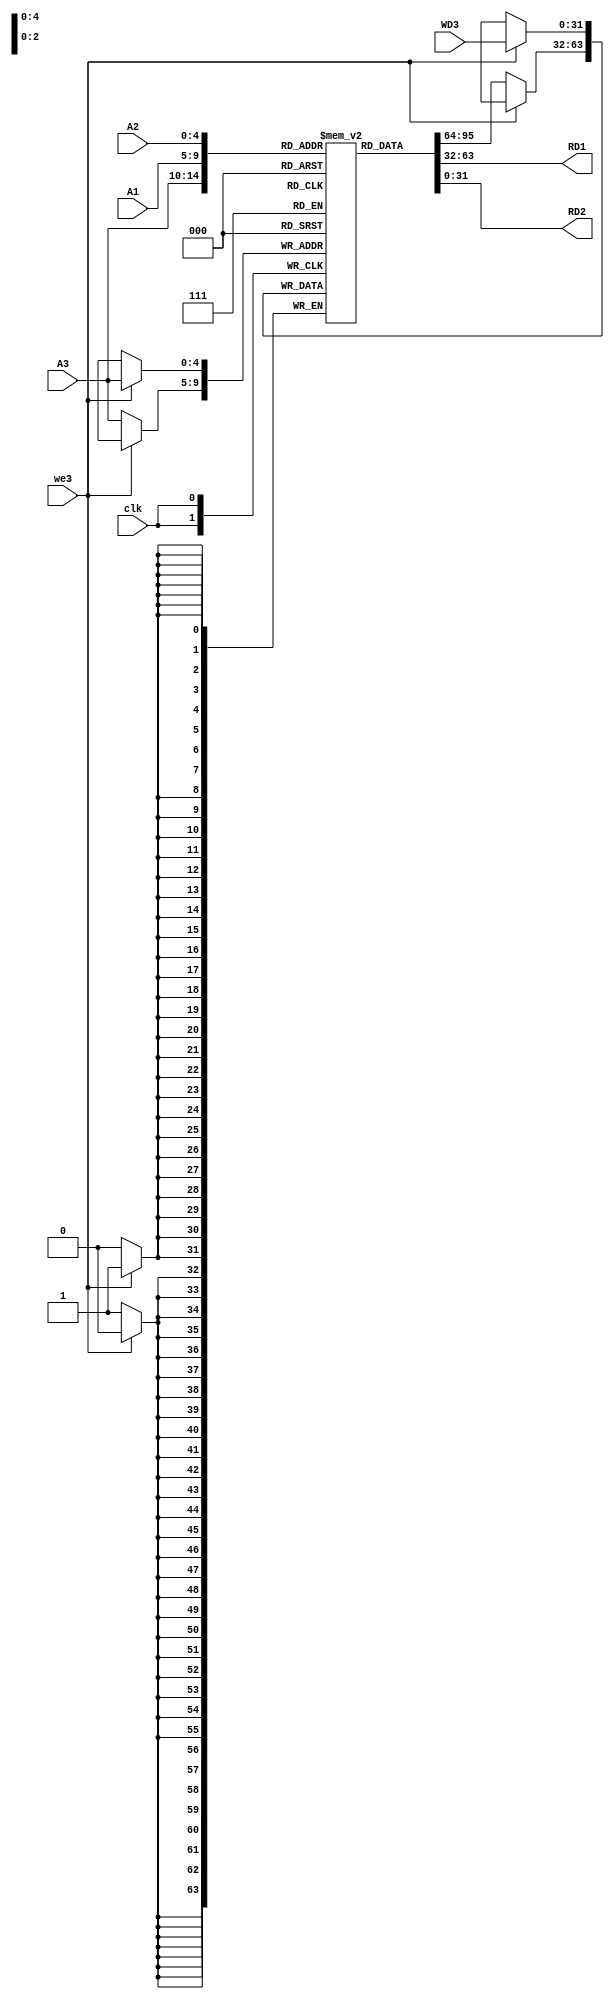
module register_file #(parameter memory_width=32,address_width=5)(
 input clk,we3,
 input [address_width-1:0]A1,A2,A3,
 input [memory_width-1:0]WD3,
 output [memory_width-1:0]RD1,RD2
);
reg [memory_width-1:0] RegisterFile [0:2**address_width-1];
integer i;
initial
begin
for(i=0;i<32;i=i+1)
RegisterFile[i]=32'b0;
end
////synchronous write process////
always@(posedge clk)
begin
if(we3)
RegisterFile[A3]<=WD3;
else
RegisterFile[A3]<=RegisterFile[A3];
end
////asynchronous read process////
assign RD1 = RegisterFile[A1];
assign RD2 = RegisterFile[A2];
endmodule